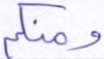
ومنكم